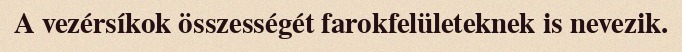
A vezérsíkok összességét farokfelületeknek is nevezik.